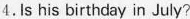
4.Is his birthday in July?